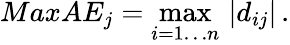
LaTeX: MaxAE_{j}=\operatorname*{max}_{i=1\ldots n}\, |d_{ij}|\, .